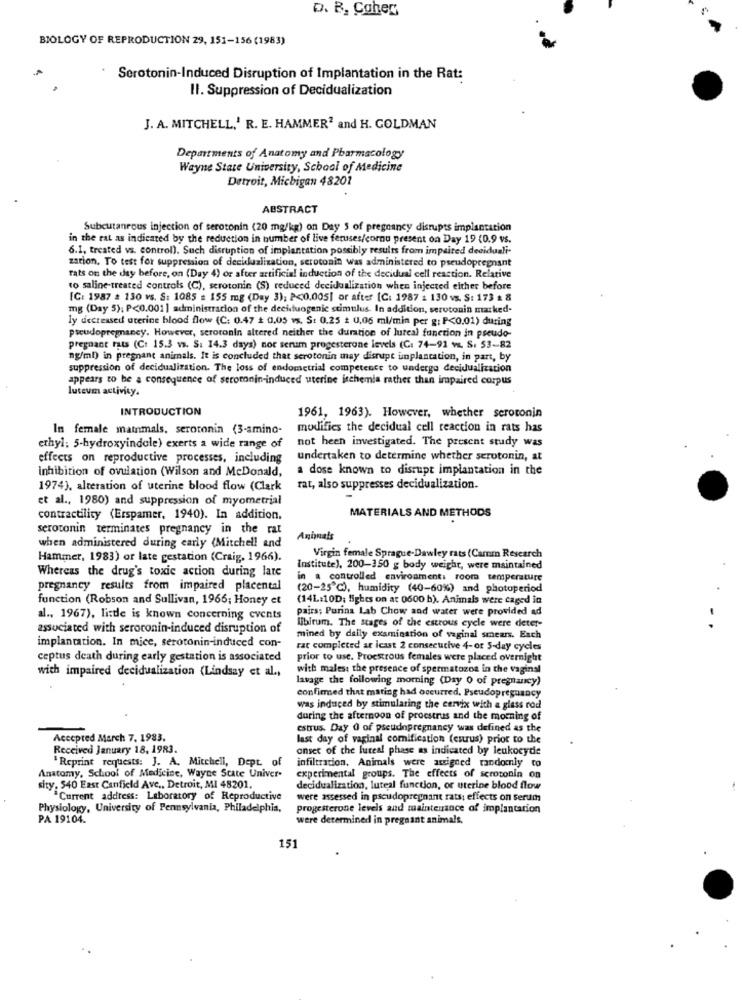
D. B. Coher
BIOLOGY OF REPRODUCTION 29, 151-156 (1983)
Serotonin-Induced Disruption of Implantation in the Rat:
Il. Suppression of Decidualization
J. A. MITCHELL,' R. E. HAMMER2 and H. GOLDMAN
Departments of Anatomy and Pharmacology
Wayne State University, School of Medicine
Detroit, Michigan 48201
ABSTRACT
Subcutaneous injection of serotonin (20 mg/kg) on Day 5 of pregnancy disrupts implantation
in the rat as indicated by the reduction in number of live feruses/cornu present on Day 19 (0.9 vs.
6.1, treated vs. control). Such disruption of implantation possibly results from impaired deciduali-
zation. To test for suppression of decidualization, serotonin was administered to pseudopregnant
rats on the day before, on (Day 4) or after artificial induction of the decidual cell reaction. Relative
to saline-treated controls (C), serotonin (S) reduced decidualization when injected either before
[C: 1987 # 130 vs. S: 1085 : 155 mg (Day 3); P<0,005| or after [C: 1987 2 130 vs. S: 173 2 8
mg (Day 5); P<0.001 ] administracion of the decidiuogenic stimulus. In addition, serotonin marked-
ly decteased uterine blood flow (C: 0.47 # 0,05 vs. S: 0.25 # 0,06 ml/min per g: P<0,01) during
pseudopregnancy. However, serotonin altered neither the duration of luteal function in pseudo-
pregnant rats (C: 15.3 vs. S: 14.3 days) nor serum progesterone levels (C: 74-91 v. S. 53-82
ng/ml) in pregnant animals. It is concluded that serotonin may disrupt implantation, in part, by
suppression of decidualization. The loss of endometrial competence to undergo decidualization
appears to be a consequence of serotonin-induced uterine ischemia rather than impaired corpus
luteum activity.
INTRODUCTION
1961, 1963). However, whether serotonin
In female matnmals, serotonin (3-amino-
modifies the decidual cell reaction in rats has
not been investigated. The present study was
ethyl: 5-hydroxyindole) exerts a wide range of
effects on reproductive processes, including
undertaken to determine whether serotonin, at
inhibition of ovulation (Wilson and McDonald,
a dose known to disrupt implantation in the
1974), alteration of uterine blood flow (Clark
rat, also suppresses decidualization.
et al ., 1980) and suppression of myometrial
MATERIALS AND METHODS
contractility (Erspamer, 1940). In addition.
serotonin terminates pregnancy in the rat
Animals
when administered during carly (Mitchell and
Hammer, 1983) or late gestation (Craig, 1966).
Virgin female Sprague-Dawley rats (Camm Research
Whereas the drug's toxic action during late
Institute), 200-350 g body weight, were maintained
in a controlled environment: room temperature
pregnancy results from impaired placental
(20-25℃), humidity (40-60%) and photoperiod
function (Robson and Sullivan, 1966; Honey et
(14L:10D; Highes on at 0600 b). Animals were caged in
pairs; Purina Lab Chow and water were provided ad
al ., 1967), linde is known concerning events
associated with serotonin-induced disruption of
libitum. The stages of the estrous cycle were deter-
..
implantation. In mice, serotonin-induced con-
mined by daily examination of vaginal smears. Each
rat completed at least 2 consecutive 4-or 5-day cycles
ceptus death during early gestation is associated
prior to use. Proestrous females were placed overnight
with impaired decidualization (Lindsay et al .,
with males: the presence of spermatozoa in the vaginal
lavage the following morning (Day 0 of pregnancy)
confirmed that maring had occurred, Pseudopregnancy
was induced by stimulating the cervix with a glass rod
during the afternoon of procstrus and the morning of
estrus. Day O of pseudopregnancy was defined as the
Accepted March 7. 1983.
last day of vaginal comification (estrus) prior to the
Received January 18, 1983.
onset of the lureal phase as indicated by leukocyde
"Reprint requests: J. A. Mitchell, Dept. of
infiltration. Animals were assigned randomly to
Anatomy, School of Medicine, Wayne State Univer-
experimental groups. The effects of serotonin on
sity. 540 East Canfield Ave ,, Detroit, MI 48201.
decidualization, luteal function, or uterine blood flow
Current address: Laboratory of Reproductive
were assessed in pseudopregnant rats; effects on serum
Physiology, University of Pennsylvania, Philadelphia,
Progesterone levels and maintenance of implantation
PA 19104.
were determined in pregnant animals,
151